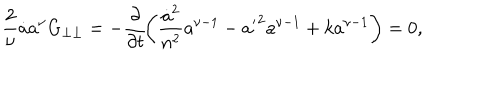
LaTeX: \frac { 2 } { \nu } \dot { a } a ^ { \nu } G _ { \perp \perp } = - \frac { \partial } { \partial t } \! \left( \frac { \dot { a } ^ { 2 } } { n ^ { 2 } } a ^ { \nu - 1 } - { a ^ { \prime } } ^ { 2 } a ^ { \nu - 1 } + k a ^ { \nu - 1 } \right) = 0 ,